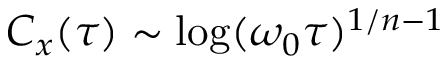
C _ { x } ( \tau ) \sim \log ( \omega _ { 0 } \tau ) ^ { 1 / n - 1 }